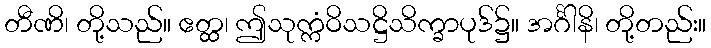
တီဏိ၊ တို့သည်။ ဧတ္ထ၊ ဤသုက္ကံဝိသဋ္ဌိသိက္ခာပုဒ်၌။ အင်္ဂါနိ၊ တို့တည်း။